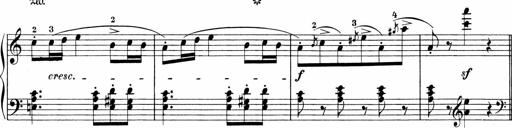
Title: Sonatinen Op.47, 98 und 136, nebst 6 Liedersonatinen
Composer: Carl Reinecke